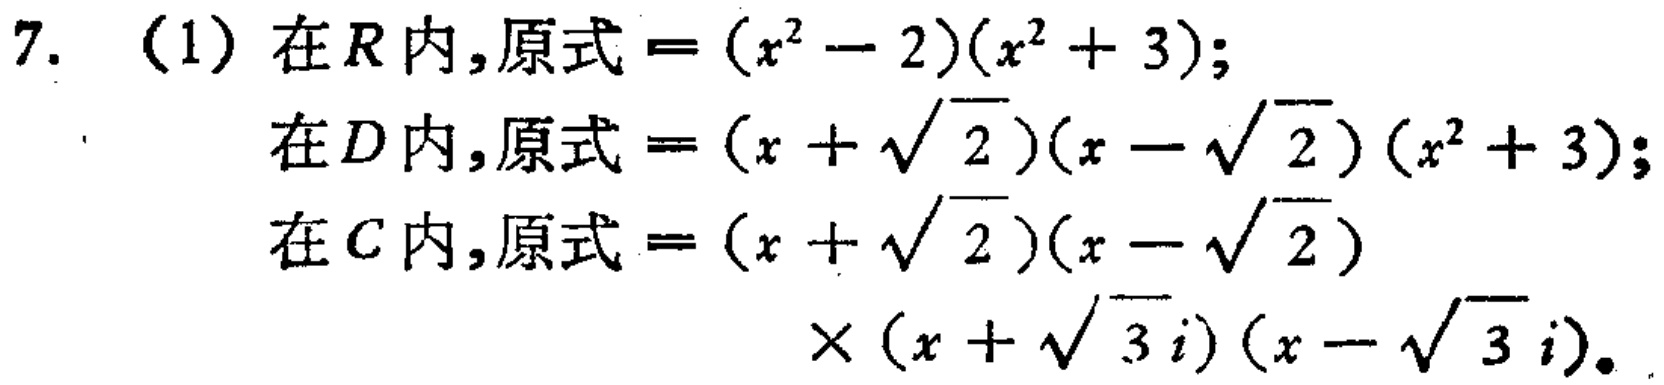
7. （1）在\(R\)内，原式\(=(x^{2}-2)(x^{2}+3)\)；

在\(D\)内，原式\(=(x + \sqrt{2})(x - \sqrt{2})(x^{2}+3)\)；

在\(C\)内，原式\(=(x + \sqrt{2})(x - \sqrt{2})\times(x + \sqrt{3}i)(x - \sqrt{3}i)\)。